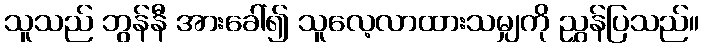
သူသည် ဘွန်နီ အားခေါ်၍ သူလေ့လာထားသမျှကို ညွှန်ပြသည်။